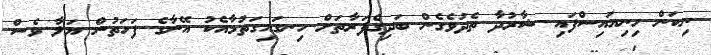
ނިކަން ހިނިއައިސްފައި ޝާރުދާ ތެދުވެގެން ބަދިގެފަރާތަށް ހިނގައިގަތުމާއެކު އޭނާގެ ފަހަތުން ޔަލާ ވެސް